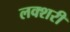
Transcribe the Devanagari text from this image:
लक्शरी